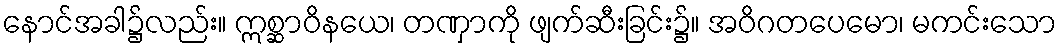
နောင်အခါ၌လည်း။ ဣစ္ဆာဝိနယေ၊ တဏှာကို ဖျက်ဆီးခြင်း၌။ အဝိဂတပေမော၊ မကင်းသော